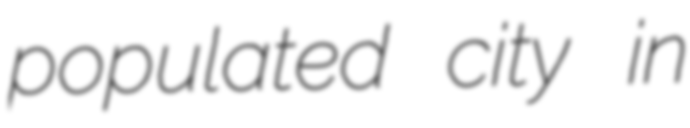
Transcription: populated city in